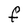
Character: F